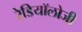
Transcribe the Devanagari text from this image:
रेडियॉलोजी